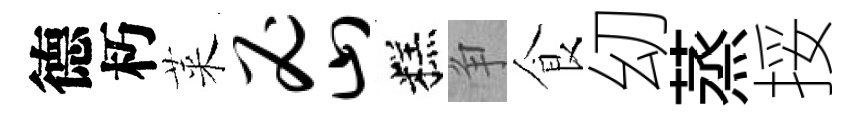
德朽萊密糕争食㓜蒸挼